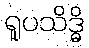
ရူပသိဒ္ဓိ